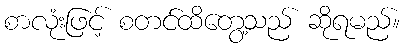
စာလုံးဖြင့် စတင်ထိတွေ့သည် ဆိုရမည်။